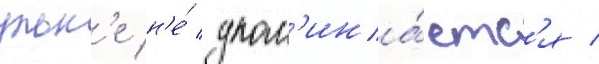
ульк'е н'е́ упом'ина́етс'я /